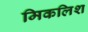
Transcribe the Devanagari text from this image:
मिकलिश